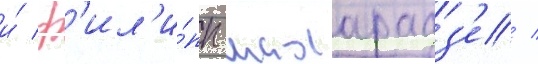
и́ ф'ил'и́пп махарадз'е /